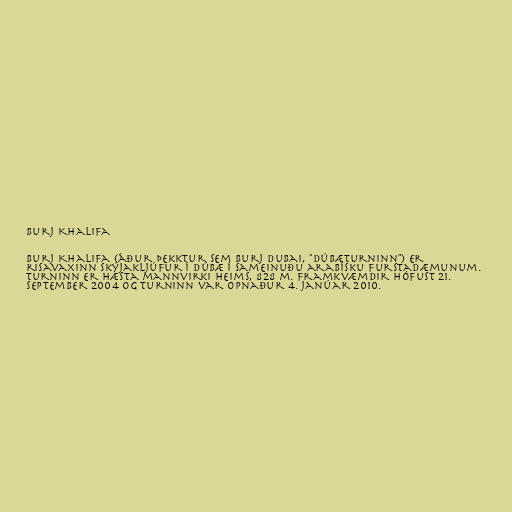
Burj Khalifa

Burj Khalifa (áður þekktur sem Burj Dubai, "Dúbæturninn") er
risavaxinn skýjakljúfur í Dúbæ í Sameinuðu arabísku furstadæmunum.
Turninn er hæsta mannvirki heims, 828 m. Framkvæmdir hófust 21.
september 2004 og turninn var opnaður 4. janúar 2010.